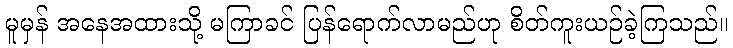
မူမှန် အနေအထားသို့ မကြာခင် ပြန်ရောက်လာမည်ဟု စိတ်ကူးယဉ်ခဲ့ကြသည်။